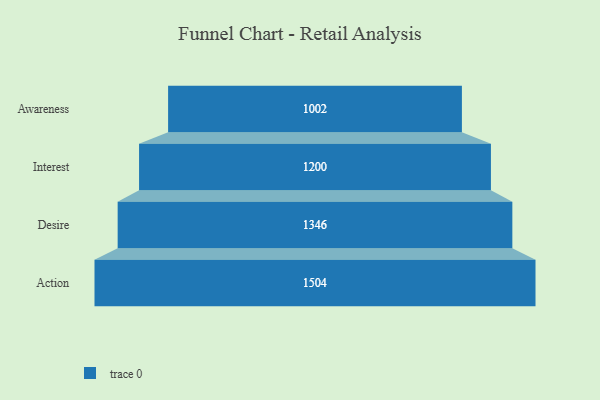
{"axis": {"x": "Stage", "y": "Value"}, "legend": [""], "data": [{"x": "Awareness", "y": 1002.0, "type": ""}, {"x": "Interest", "y": 1200.0, "type": ""}, {"x": "Desire", "y": 1346.0, "type": ""}, {"x": "Action", "y": 1504.0, "type": ""}]}